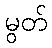
မွတ်